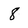
Character: 8